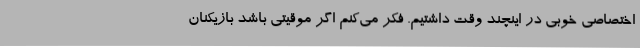
اختصاصی خوبی در اینچند وقت داشتیم. فکر می‌کنم اگر موقیتی باشد بازیکنان